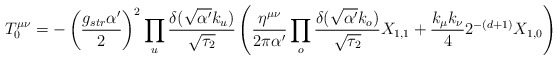
\begin{align*}T^{\mu\nu}_0=-\left(\frac{g_{str}\alpha'}{2}\right)^2\prod_u\frac{\delta(\sqrt{\alpha'}k_u)}{\sqrt{\tau_2}}\left( \frac{\eta^{\mu\nu}}{ 2\pi\alpha'}\prod_o \frac{\delta(\sqrt{\alpha'}k_o)}{\sqrt{\tau_2}}X_{1,1}+\frac{k_\mu k_\nu}{ 4} 2^{-(d+1)} X_{1,0}\right)\end{align*}